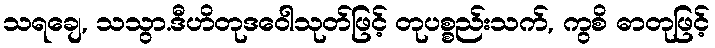
သရချေ, သသွာ.ဒီဟိတုဒဝေါသုတ်ဖြင့် တုပစ္စည်းသက်, ကွစိ ဓာတုဖြင့်